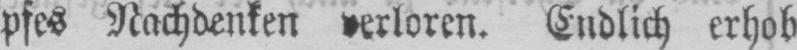
pfes Nachdenken verloren. Endlich erhob